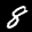
Label: 8